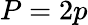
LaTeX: P=2p